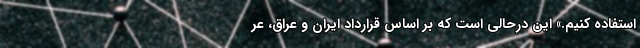
استفاده کنیم.» این درحالی است که بر اساس قرارداد ایران و عراق، عر